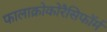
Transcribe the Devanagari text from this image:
फालाक्रोकोरैसिफॉर्म